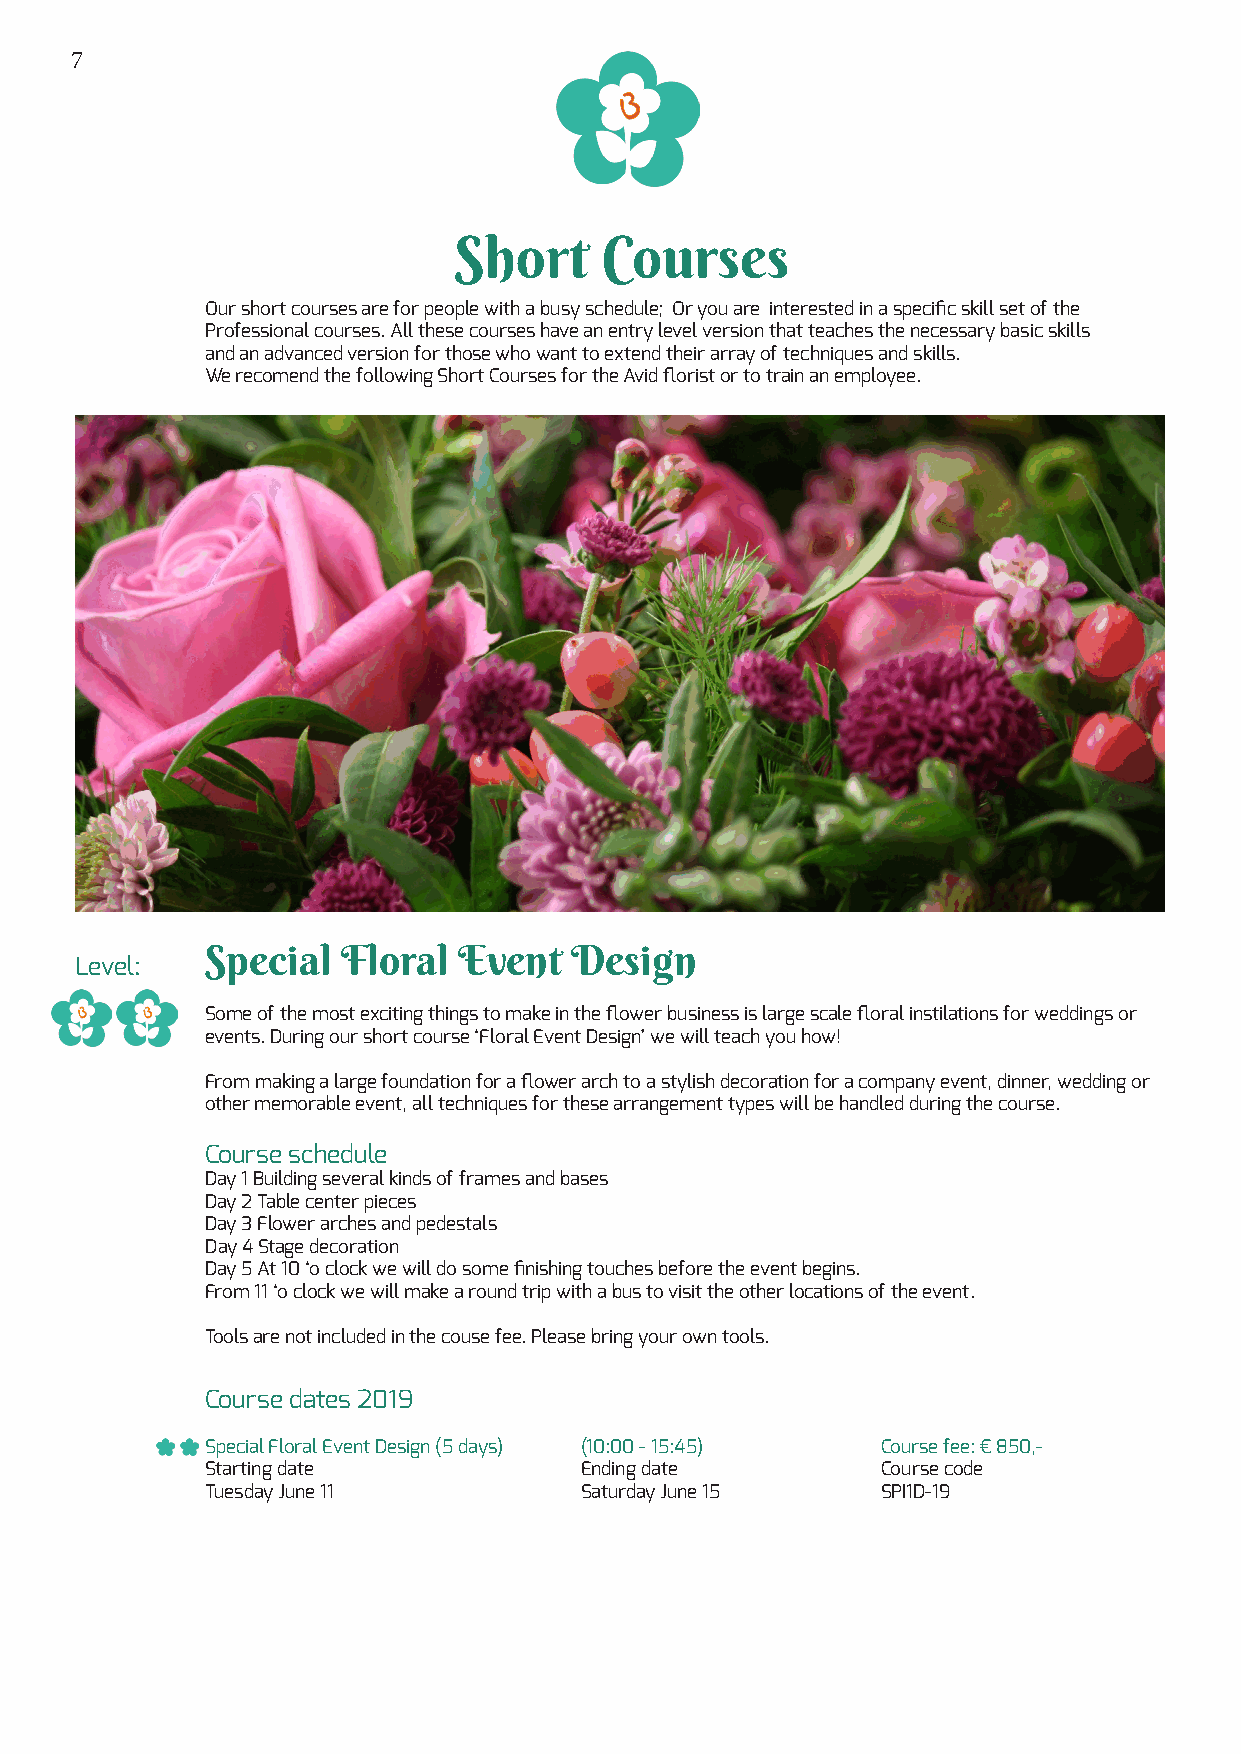
7
 Short     Courses
 Our short courses are for people with a busy schedule; Or you are interested in a specific skill set of the
 Professional courses. All these courses have an entry level version that teaches the necessary basic skills
 and an advanced version for those who want to extend their array of techniques and skills.
 We recomend the following Short Courses for the Avid florist or to train an employee.
 Special  Floral Event   Design
 Level:
 Some of the most exciting things to make in the flower business is large scale floral instilations for weddings or
 events. During our short course ‘Floral Event Design’ we will teach you how!
 From making a large foundation for a flower arch to a stylish decoration for a company event, dinner, wedding or
 other memorable event, all techniques for these arrangement types will be handled during the course.
 Course schedule
 Day 1 Building several kinds of frames and bases
 Day 2 Table center pieces
 Day 3 Flower arches and pedestals
 Day 4 Stage decoration
 Day 5 At 10 ‘o clock we will do some finishing touches before the event begins.
 From 11 ‘o clock we will make a round trip with a bus to visit the other locations of the event.
 Tools are not included in the couse fee. Please bring your own tools.
 Course dates 2019
 Special Floral Event Design (5 days) (10:00 - 15:45) Course fee: € 850,-
 Starting date           Ending date         Course code
 Tuesday June 11         Saturday June 15    SPI1D-19